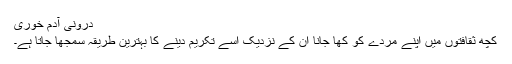
درونی آدم خوری
کچھ ثقافتوں میں اپنے مردے کو کھا جانا ان کے نزدیک اسے تکریم دینے کا بہترین طریقہ سمجھا جاتا ہے۔